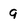
Character: 9